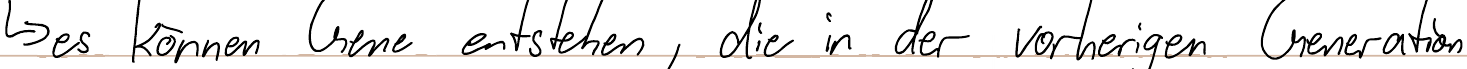
-> es können Gene entstehen, die in der vorherigen Generation